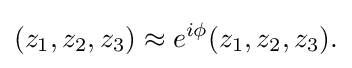
(z_{1},z_{2},z_{3})\approx e^{i\phi }(z_{1},z_{2},z_{3}).\,\!